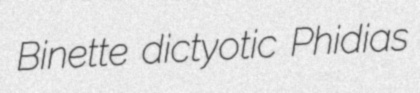
Binette dictyotic Phidias